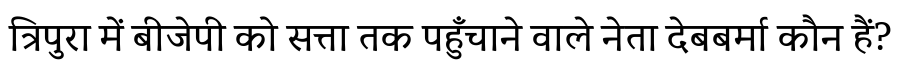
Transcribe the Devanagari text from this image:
त्रिपुरा में बीजेपी को सत्ता तक पहुँचाने वाले नेता देबबर्मा कौन हैं?